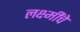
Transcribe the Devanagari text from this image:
लक्ष्मींचे